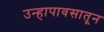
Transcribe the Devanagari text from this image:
उन्हापावसातून